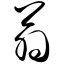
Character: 翁